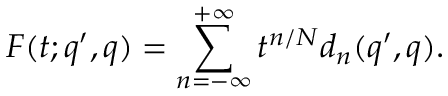
F ( t ; q ^ { \prime } , q ) = \sum _ { n = - \infty } ^ { + \infty } t ^ { n / N } d _ { n } ( q ^ { \prime } , q ) .